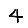
Digit: 4